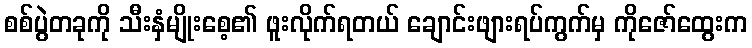
စစ်ပွဲတခုကို သီးနှံမျိုးစေ့၏ ဖူးလိုက်ရတယ် ချောင်းဖျားရပ်ကွက်မှ ကိုဇော်ထွေးက